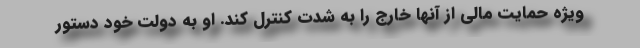
ویژه حمایت مالی از آنها خارج را به شدت کنترل کند. او به دولت خود دستور